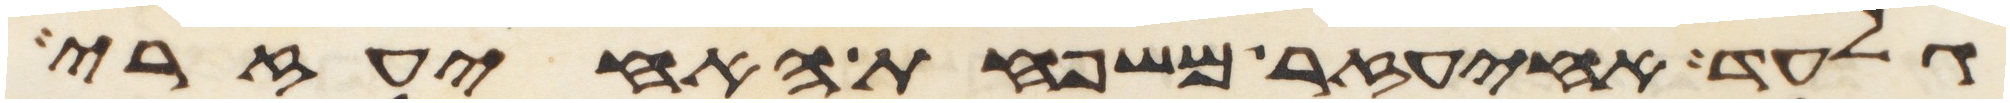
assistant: גלעד איעזר משפחת האיעזרי